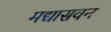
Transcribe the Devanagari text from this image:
मद्यासवन